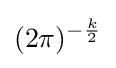
(2\pi )^{-{\frac {k}{2}}}